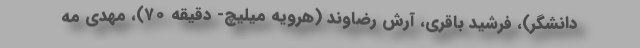
دانشگر)، فرشید باقری، آرش رضاوند (هرویه میلیچ- دقیقه ۷۰)، مهدی مه